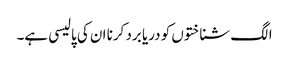
الگ شناختوں کو دریا برد کرنا ان کی پالیسی ہے۔